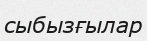
сыбызғылар